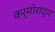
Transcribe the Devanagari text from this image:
कर्मोराद्य